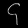
Digit: ၄